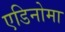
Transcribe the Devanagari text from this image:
एडिनोमा